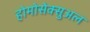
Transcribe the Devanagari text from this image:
होमोसेक्सुअल